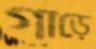
গাড়ে